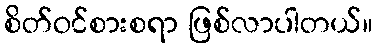
စိတ်ဝင်စားစရာ ဖြစ်လာပါတယ်။